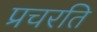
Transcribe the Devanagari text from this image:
प्रचरति